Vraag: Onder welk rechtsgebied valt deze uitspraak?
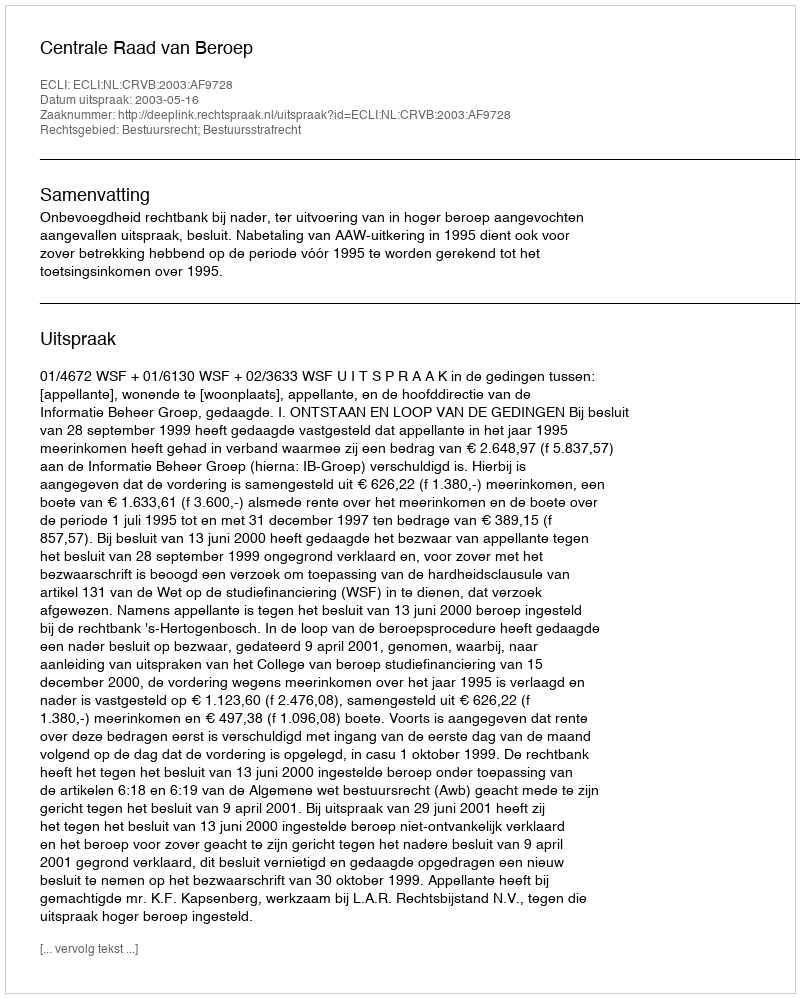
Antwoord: Bestuursrecht; Bestuursstrafrecht